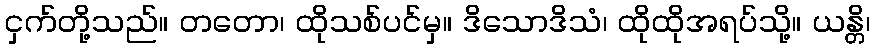
ငှက်တို့သည်။ တတော၊ ထိုသစ်ပင်မှ။ ဒိသောဒိသံ၊ ထိုထိုအရပ်သို့။ ယန္တိ၊